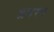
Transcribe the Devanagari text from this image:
भ्रमरम